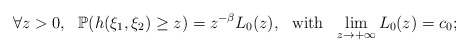
\begin{align*}\forall z>0,\ \ \mathbb P(h(\xi_1,\xi_2)\ge z)=z^{-\beta} L_0(z),\ \ \mbox{with}\ \ \lim_{z\rightarrow+\infty} L_0(z)=c_0;\end{align*}